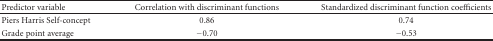
<table><thead><tr><td><b>Predictor variable</b></td><td><b>Correlation with discriminant functions</b></td><td><b>Standardized discriminant function coefficients</b></td></tr></thead><tbody><tr><td>Piers Harris Self-concept</td><td>0.86</td><td>0.74</td></tr><tr><td>Grade point average</td><td>−0.70</td><td>−0.53</td></tr></tbody></table>